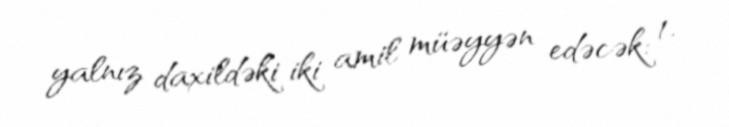
yalnız daxildəki iki amil müəyyən edəcək: 1.